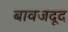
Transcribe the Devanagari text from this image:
बावजदूद